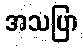
အသပြာ